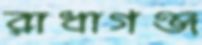
রাধাগঞ্জ